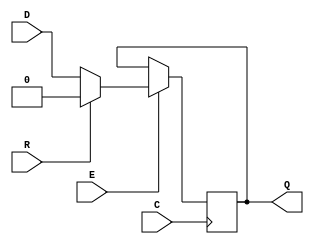
module SB_DFFNESR (output Q, input C, E, R, D);
	reg Q = 0;
	always @(negedge C)
		if (E) begin
			if (R)
				Q <= 0;
			else
				Q <= D;
		end
endmodule